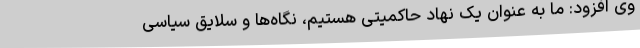
وی افزود: ما به عنوان یک نهاد حاکمیتی هستیم، نگاه‌ها و سلایق سیاسی